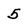
Character: 5